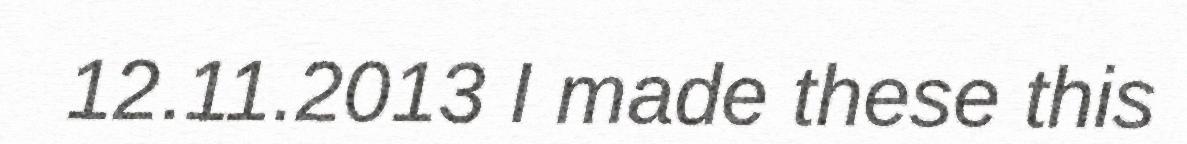
12.11.2013 I made these this